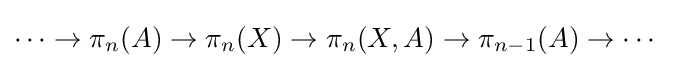
\cdots \to \pi _{n}(A)\to \pi _{n}(X)\to \pi _{n}(X,A)\to \pi _{n-1}(A)\to \cdots